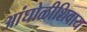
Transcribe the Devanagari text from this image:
आंघोळीशिवाय